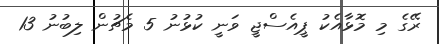
ރޭގެ މި މޮޅާއެކު ޕީއެސްޖީ ވަނީ ކުޅުނު 5 މެޗުން ލިބުނު 13